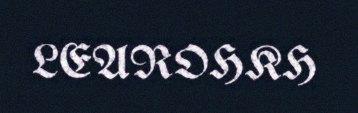
LEAROHKH